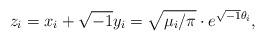
LaTeX: \begin{align*}z_i = x_i + \sqrt{-1} y_i = \sqrt{{\mu_i}/{\pi}} \cdot e^{\sqrt{-1} \theta_i},\end{align*}